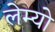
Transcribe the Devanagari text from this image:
लेम्यो